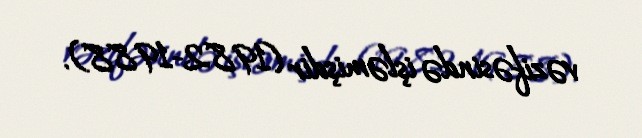
vəzifəsində işləmişdir (1982-1988).